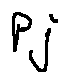
p _ { i }